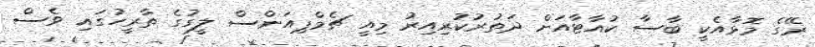
ރޭގެ މޮޅާއެކީ ބާސާ ކުއާޓާއަށް ދަތުރުކުރިއިރު މިއީ ޗެމްޕިއަންސް ލީގުގެ ތާރީހުގައި ވެސް